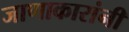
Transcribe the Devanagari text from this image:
जाणाकारांनी